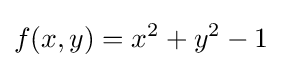
f(x,y)=x^{2}+y^{2}-1